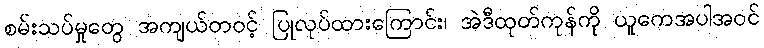
စမ်းသပ်မှုတွေ အကျယ်တဝင့် ပြုလုပ်ထားကြောင်း၊ အဲဒီထုတ်ကုန်ကို ယူကေအပါအဝင်